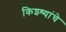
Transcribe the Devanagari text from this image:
किश्श्यांचे